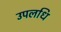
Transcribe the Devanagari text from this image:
उपलधि